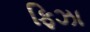
ફિઝા